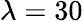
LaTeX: \lambda=30